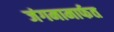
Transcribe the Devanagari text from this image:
जंगमामार्फत